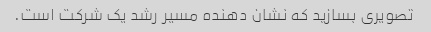
تصویری بسازید که نشان دهنده مسیر رشد یک شرکت است.